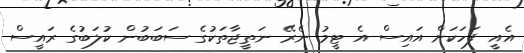
އެއީ ފަހަކަށް އައިސް އެ ޓީމު ނެރޭ ނަތީޖާތަކުގެ ސަބަބުން ކުލަބުގެ ރައީސް